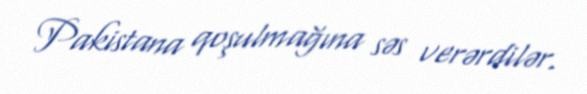
Pakistana qoşulmağına səs verərdilər.